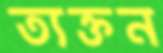
ত্যক্তন